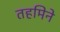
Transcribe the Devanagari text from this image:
तहमिने